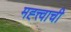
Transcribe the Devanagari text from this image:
मह्त्त्वाची